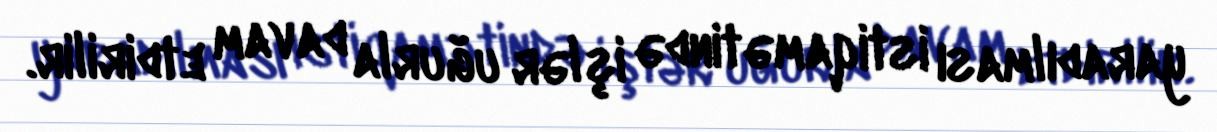
yaradılması istiqamətində işlər uğurla davam etdirilir.